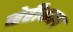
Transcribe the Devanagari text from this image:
व्हेहीकल